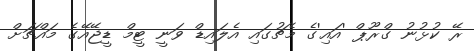
ރޭ ކުޅުނު ގްރޫޕް 'އައި'ގެ މެޗުގައި އެލައިޑް ވަނީ ޓީމް ޑީޖޭއޭގެ މައްޗަށް